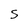
Character: S